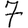
Digit: 7